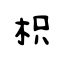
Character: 枳